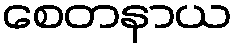
စေတနာယ